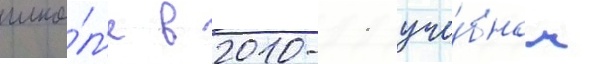
шко́л'е в 2010-11 уче́бном